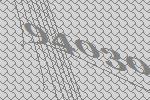
94030